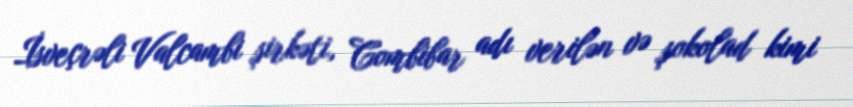
İsveçrəli Valcambi şirkəti, Combibar adı verilən və şokolad kimi